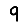
Digit: 9